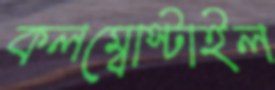
কলম্বোস্টাইল